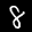
Label: 8